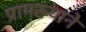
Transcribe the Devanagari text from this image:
प्रामख्याने